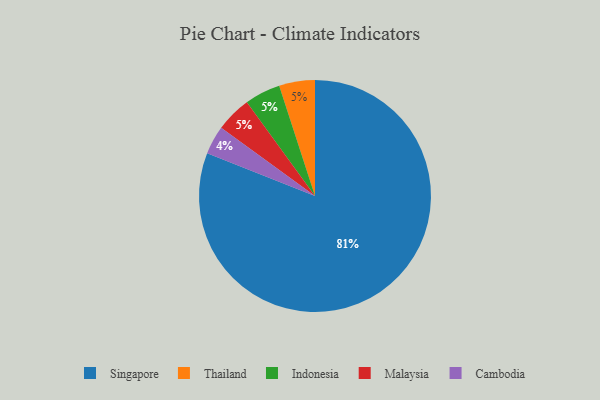
{"axis": {"x": "Category", "y": "Percentage"}, "legend": ["Cambodia", "Indonesia", "Malaysia", "Singapore", "Thailand"], "data": [{"x": "Thailand", "y": 5, "type": "Thailand"}, {"x": "Cambodia", "y": 4, "type": "Cambodia"}, {"x": "Indonesia", "y": 5, "type": "Indonesia"}, {"x": "Singapore", "y": 81, "type": "Singapore"}, {"x": "Malaysia", "y": 5, "type": "Malaysia"}]}